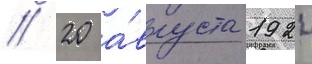
// 20 а́вгуста 1924